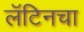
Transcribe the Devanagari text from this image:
लॅटिनचा